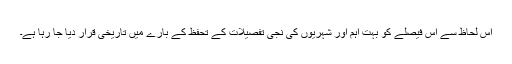
اس لحاظ سے اس فیصلے کو بہت اہم اور شہریوں کی نجی تفصیلات کے تحفظ کے بارے میں تاریخی قرار دیا جا رہا ہے۔